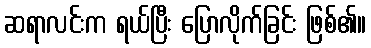
ဆရာလင်းက ရယ်ပြီး ပြောလိုက်ခြင်း ဖြစ်၏။